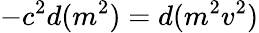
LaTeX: -c^{2}d(m^{2})=d(m^{2}v^{2})